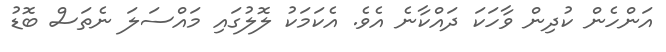
އަންހެން ކުދިން ވާހަކަ ދައްކާނެ އެވެ. އެކަމަކު ލޮލުގައި މައްސަލަ ނެތަސް ބޮޑު